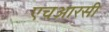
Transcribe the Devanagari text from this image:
एचआरसी